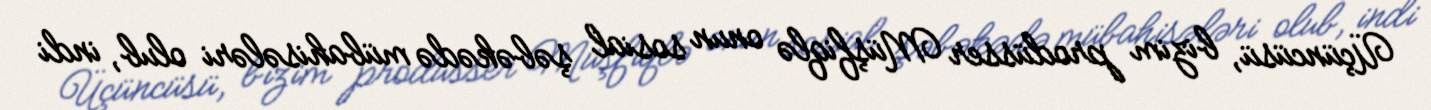
Üçüncüsü, bizim prodüsser Müşfiqlə onun sosial şəbəkədə mübahisələri olub, indi